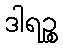
ဒါရဉ္စ